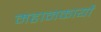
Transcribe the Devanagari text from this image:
महानकार्यो